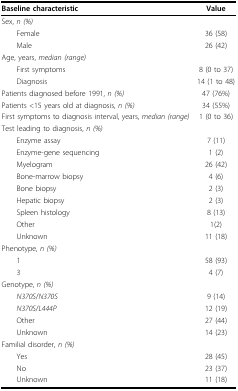
<table><thead><tr><td><b>Baseline characteristic</b></td><td><b>Value</b></td></tr></thead><tbody><tr><td>Sex, <i>n (%)</i></td><td></td></tr><tr><td> Female</td><td>36 (58)</td></tr><tr><td> Male</td><td>26 (42)</td></tr><tr><td>Age, years, <i>median (range)</i></td><td></td></tr><tr><td> First symptoms</td><td>8 (0 to 37)</td></tr><tr><td> Diagnosis</td><td>14 (1 to 48)</td></tr><tr><td>Patients diagnosed before 1991, <i>n (%)</i></td><td>47 (76%)</td></tr><tr><td>Patients &lt;15 years old at diagnosis, <i>n (%)</i></td><td>34 (55%)</td></tr><tr><td>First symptoms to diagnosis interval, years, <i>median (range)</i></td><td>1 (0 to 36)</td></tr><tr><td>Test leading to diagnosis, <i>n (%)</i></td><td></td></tr><tr><td> Enzyme assay</td><td>7 (11)</td></tr><tr><td> Enzyme-gene sequencing</td><td>1 (2)</td></tr><tr><td> Myelogram</td><td>26 (42)</td></tr><tr><td> Bone-marrow biopsy</td><td>4 (6)</td></tr><tr><td> Bone biopsy</td><td>2 (3)</td></tr><tr><td> Hepatic biopsy</td><td>2 (3)</td></tr><tr><td> Spleen histology</td><td>8 (13)</td></tr><tr><td> Other</td><td>1(2)</td></tr><tr><td> Unknown</td><td>11 (18)</td></tr><tr><td>Phenotype, <i>n (%)</i></td><td></td></tr><tr><td> 1</td><td>58 (93)</td></tr><tr><td> 3</td><td>4 (7)</td></tr><tr><td>Genotype, <i>n (%)</i></td><td></td></tr><tr><td> <i>N370S</i>/<i>N370S</i></td><td>9 (14)</td></tr><tr><td> <i>N370S</i>/<i>L444P</i></td><td>12 (19)</td></tr><tr><td> Other</td><td>27 (44)</td></tr><tr><td> Unknown</td><td>14 (23)</td></tr><tr><td>Familial disorder, <i>n (%)</i></td><td></td></tr><tr><td> Yes</td><td>28 (45)</td></tr><tr><td> No</td><td>23 (37)</td></tr><tr><td> Unknown</td><td>11 (18)</td></tr></tbody></table>